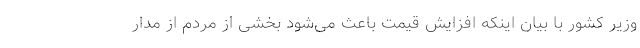
وزیر کشور با بیان اینکه افزایش قیمت باعث می‌شود بخشی از مردم از مدار